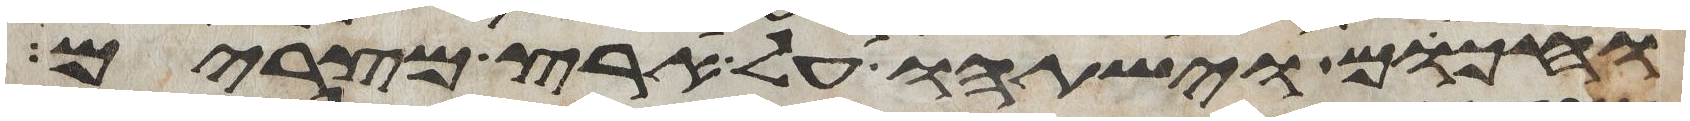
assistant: וחכום וישתהו על ארץ מצרים